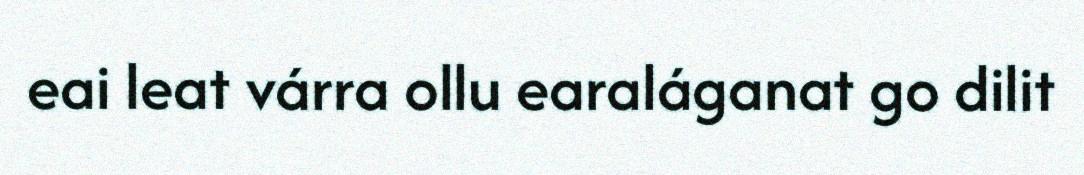
eai leat várra ollu earaláganat go dilit